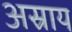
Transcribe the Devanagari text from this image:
अस्राय